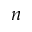
n